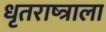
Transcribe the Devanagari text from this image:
धृतराष्त्राला